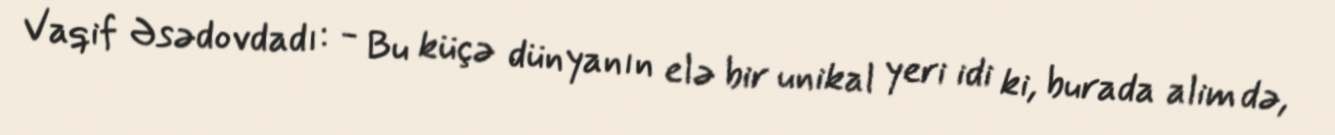
Vaqif Əsədovdadı: - Bu küçə dünyanın elə bir unikal yeri idi ki, burada alim də,